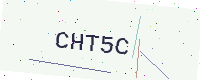
Text: CHT5C